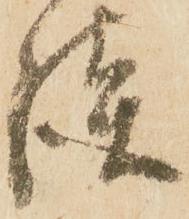
談